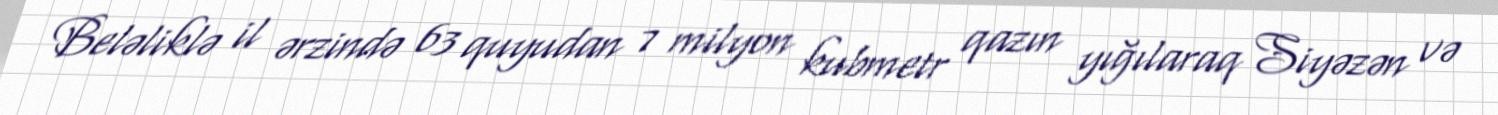
Beləliklə il ərzində 63 quyudan 7 milyon kubmetr qazın yığılaraq Siyəzən və